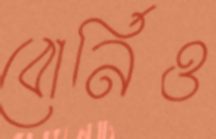
বোর্নিও